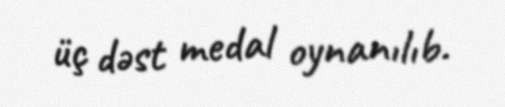
üç dəst medal oynanılıb.